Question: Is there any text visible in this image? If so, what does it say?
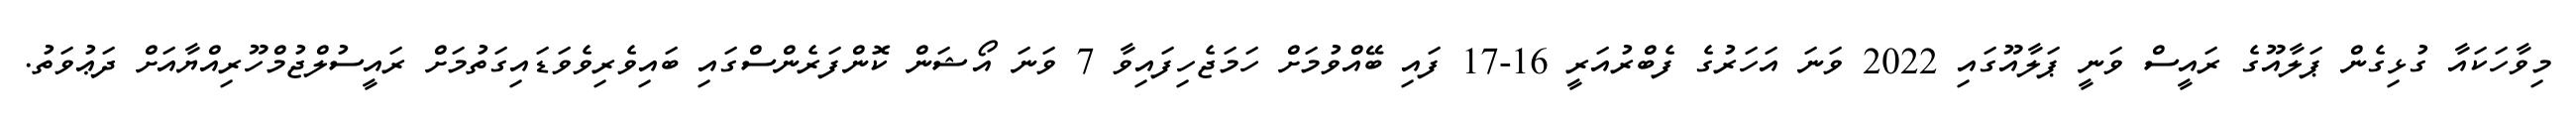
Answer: މިވާހަކައާ ގުޅިގެން ޕަލާއޫގެ ރައީސް ވަނީ ޕަލާއޫގައި 2022 ވަނަ އަހަރުގެ ފެބްރުއަރީ 16-17 ފައި ބޭއްވުމަށް ހަމަޖެހިފައިވާ 7 ވަނަ އޯޝަން ކޮންފަރެންސްގައި ބައިވެރިވެވަޑައިގަތުމަށް ރައީސުލްޖުމްހޫރިއްޔާއަށް ދަޢުވަތު.